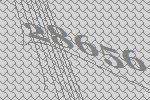
28656